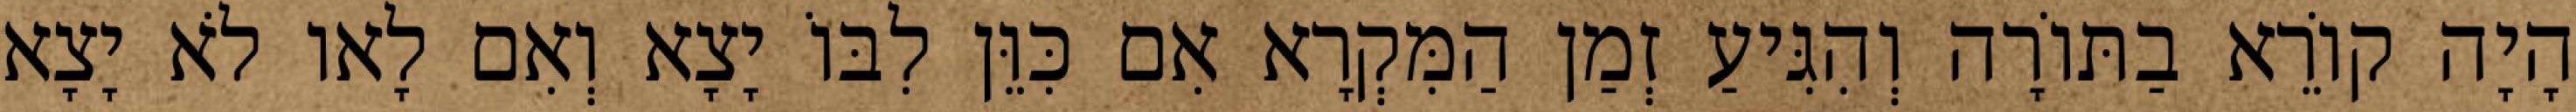
הָיָה קוֹרֵא בַתּוֹרָה וְהִגִּיעַ זְמַן הַמִּקְרָא אִם כִּוֵּן לִבּוֹ יָצָא וְאִם לָאו לֹא יָצָא